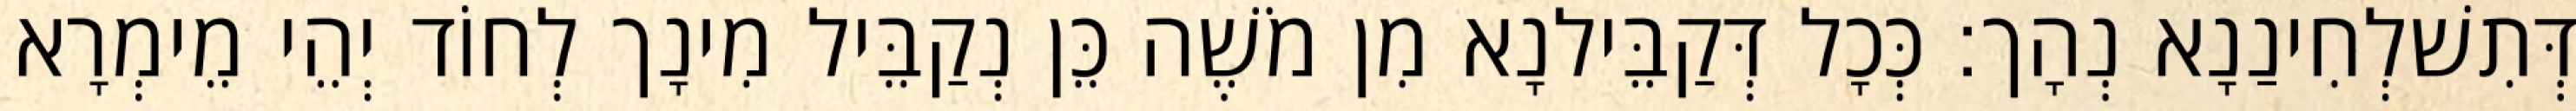
דְּתִשׁלְחִינַנָא נְהָך׃ כְּכָל דְּקַבֵּילנָא מִן מֹשֶׁה כֵּן נְקַבֵּיל מִינָך לְחוֹד יְהֵי מֵימְרָא